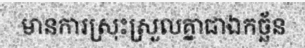
មានការស្រុះស្រួលគ្នាជាឯកច្ឆ័ន